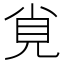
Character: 覍